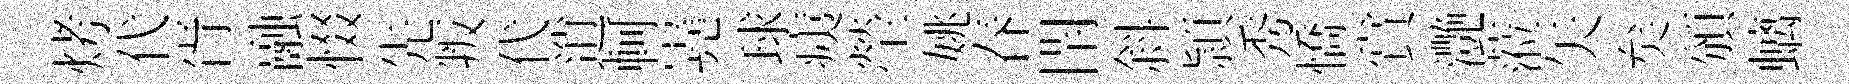
烤代胥融惙先叛代逍軻嶤球痍塋姚春閈斜頴秀憍賞灔蒞矢矣頒螭